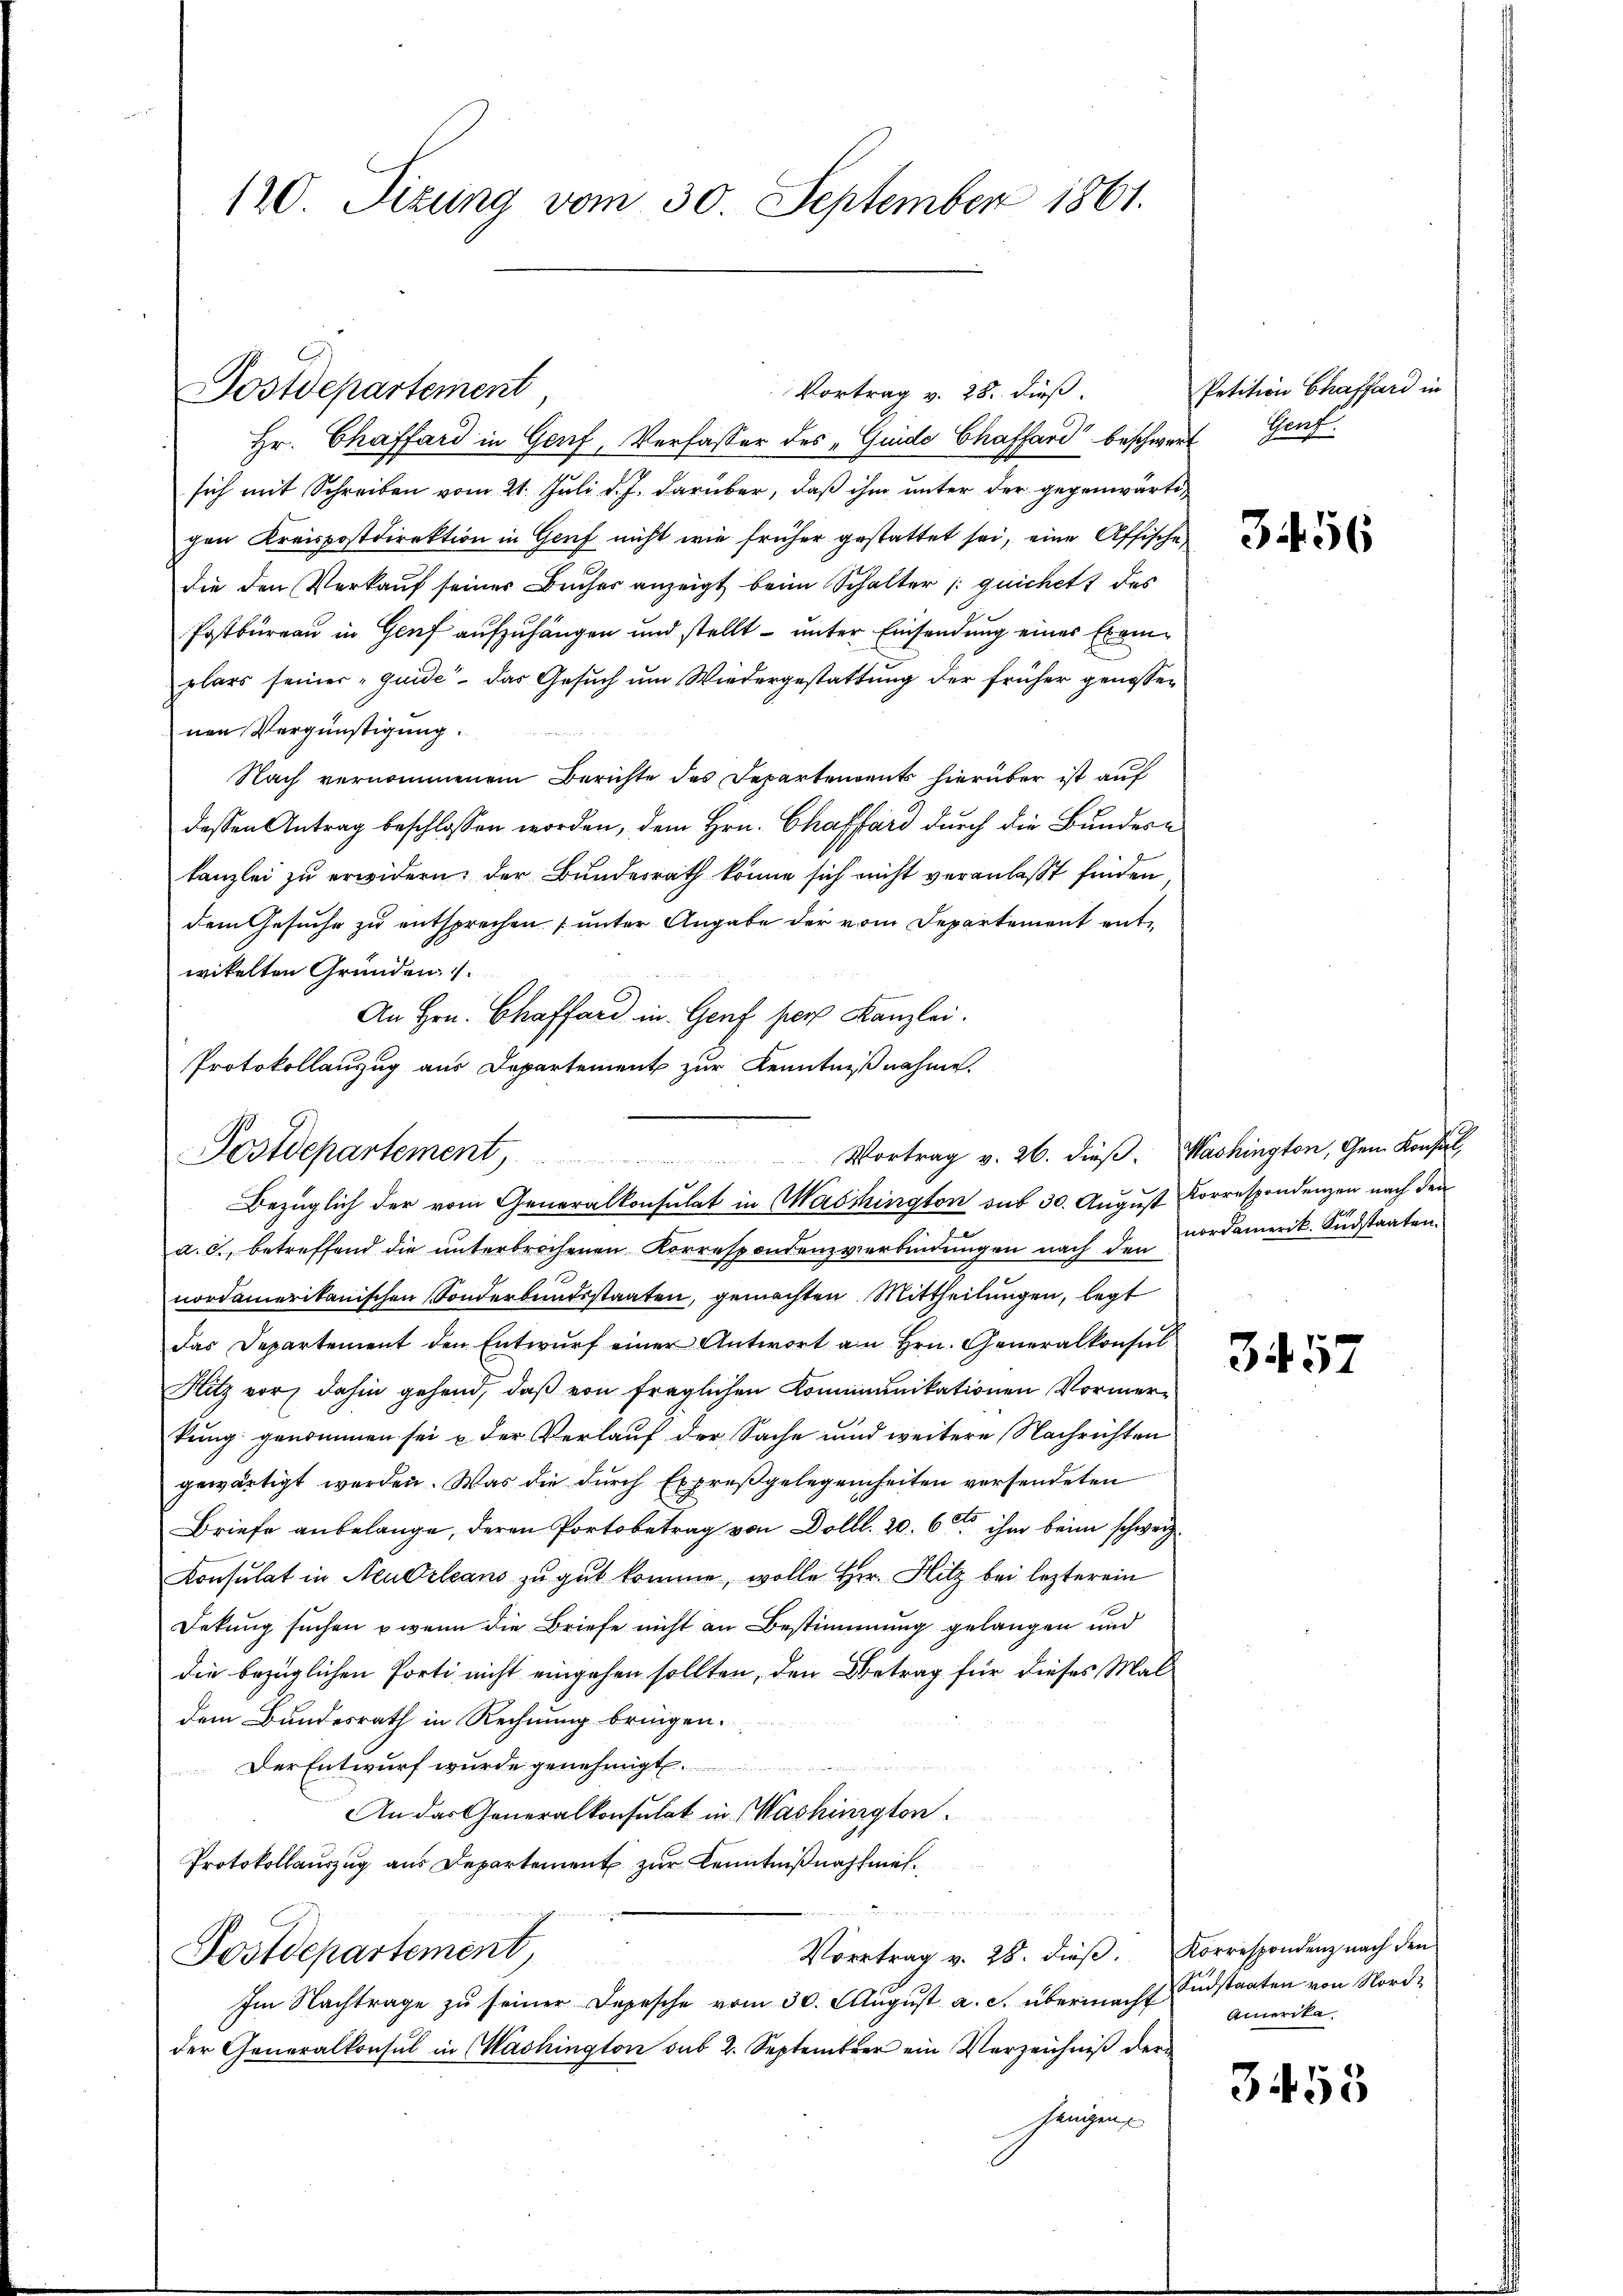
120. Sizung vom 30. September 1861.

Vortrag v. 28. dieß.
Hr. Chaffard in Genf, Verfasser des „Guide Chaffard beschwert Genf
sich mit Schreiben vom 21. Juli d. J. darüber, daß ihm unter der gegenwärtigen Kreispostdirektion in Genf nicht wie früher gestattet sei, eine Affische,
die den Verkaŭf seiner Brücher anzeigt beim Schalter /: quickett des
Postbüreau in Genf aufzuhängen und stellt unter Einsendung eines Exemplars seiner „quide - das Gesuch um Wiedergestattung der früher genossenen Vergünstigung.
Nach vernommenem Berichte des Departenvents hierüber ist auf
dessen Antrag beschlossen worden, dem Hrn. Chafard durch die Bundere
kanzlei zu erwidern, der Bundesrath könne sich nicht veranlaßt finden
dem Gesuche zu entsprechen , unter Angabe der vom Departement entwikelten Gründen 1.
An Hrn. Chaffard in Genf pers Kanzlei.
Protokollanzug aus Departement zur Kenntnißnahme.

Postdepartement

Postdepartement                                                        Vortrag v. 26. dieß. Washington, Gem. Konsul
Bezüglich der vom Generalkonsulat in Maschington aus 30. August Korrespondenzen nach den

a. c., betreffend die ŭnterbrochenen Korrespondenzverbindŭngen nach den cordamerik. Südstaaten
nordamerikanischen Sonderbundsstaaten, gemachten Mittheilungen, legt
das Departement den Entwŭrf einer Antwort an Hrn. Generalkonsul
Hitz vor, dahin gehend, daß von fraglichen Kommunikationen Vormerkung genommen sei u der Verlauf der Sache und weitere Nachrichten
gewärtigt werden. Was die durch Expreßgelegenheiten versendeten
Briefe anbelange, deren Portobetrag von Dolbl. 20. 6 t ihm beim schweiz.
Konsulat in Neubeleans zu gut komme, wolle Herr Hitz bei lezterem
Dekung suchen u wenn die Briefe nicht an Bestimmung gelangen und
die bezüglichen Porti nicht eingehen sollten, den Betrag für dieses Maldem Bundesrath in Rechnung bringen.
Der Entwurf wurde genehmigt
An das Generalkonsulat in Washinigten.
Protokollauszug aus Departement zur Kenntnißnahme¬

Vortrag v. 28. dieβ. Korrespondenz nach den
Postdepartement,
Im Nachträge zu seiner Depesche vom 30. Aŭgŭst a. c. übermacht
der Generalkonsul in Washington sub 2. September ein Verzeichniβ der
Zeugen

Petition Chaffard in

3456

3457

Sndstaaten von Nord-
Amerika

3458